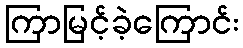
ကြာမြင့်ခဲ့ကြောင်း